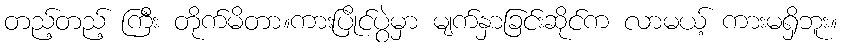
တည့်တည့် ကြီး တိုက်မိတာ။ကားပြိုင်ပွဲမှာ မျက်နှာခြင်းဆိုင်က လာမယ့် ကားမရှိဘူး။